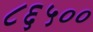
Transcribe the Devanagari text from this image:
८६५००